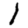
Digit: 1